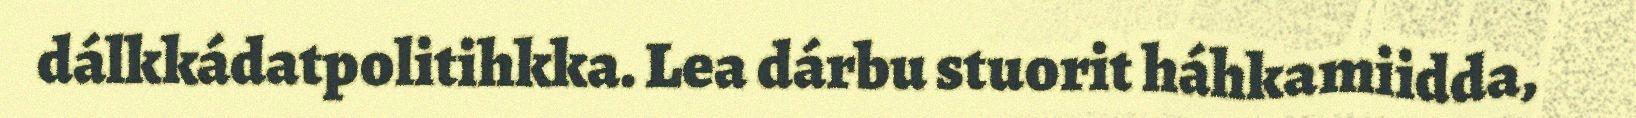
dálkkádatpolitihkka. Lea dárbu stuorit háhkamiidda,